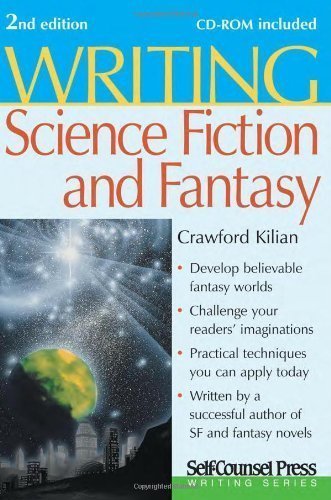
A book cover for Writing Science Fiction & Fantasy (Writing Series) 2nd (second) Edition by Kilian, Crawford published by Self-Counsel Press (2007); Science Fiction & Fantasy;